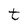
Character: t